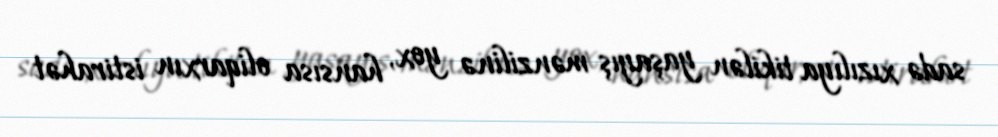
sadə xızılıya tikilən yaşayış mənzilinə yox, hansısa oliqarxın istirahət